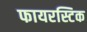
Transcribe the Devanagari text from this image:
फायरस्टिक